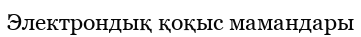
Электрондық қоқыс мамандары